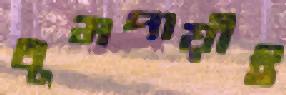
ধূমপায়ীই